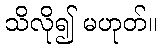
သိလို၍ မဟုတ်။